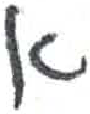
אות: א